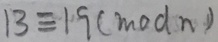
1 3 \equiv 1 9 ( m o d n )